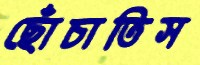
ছোঁচাতিস